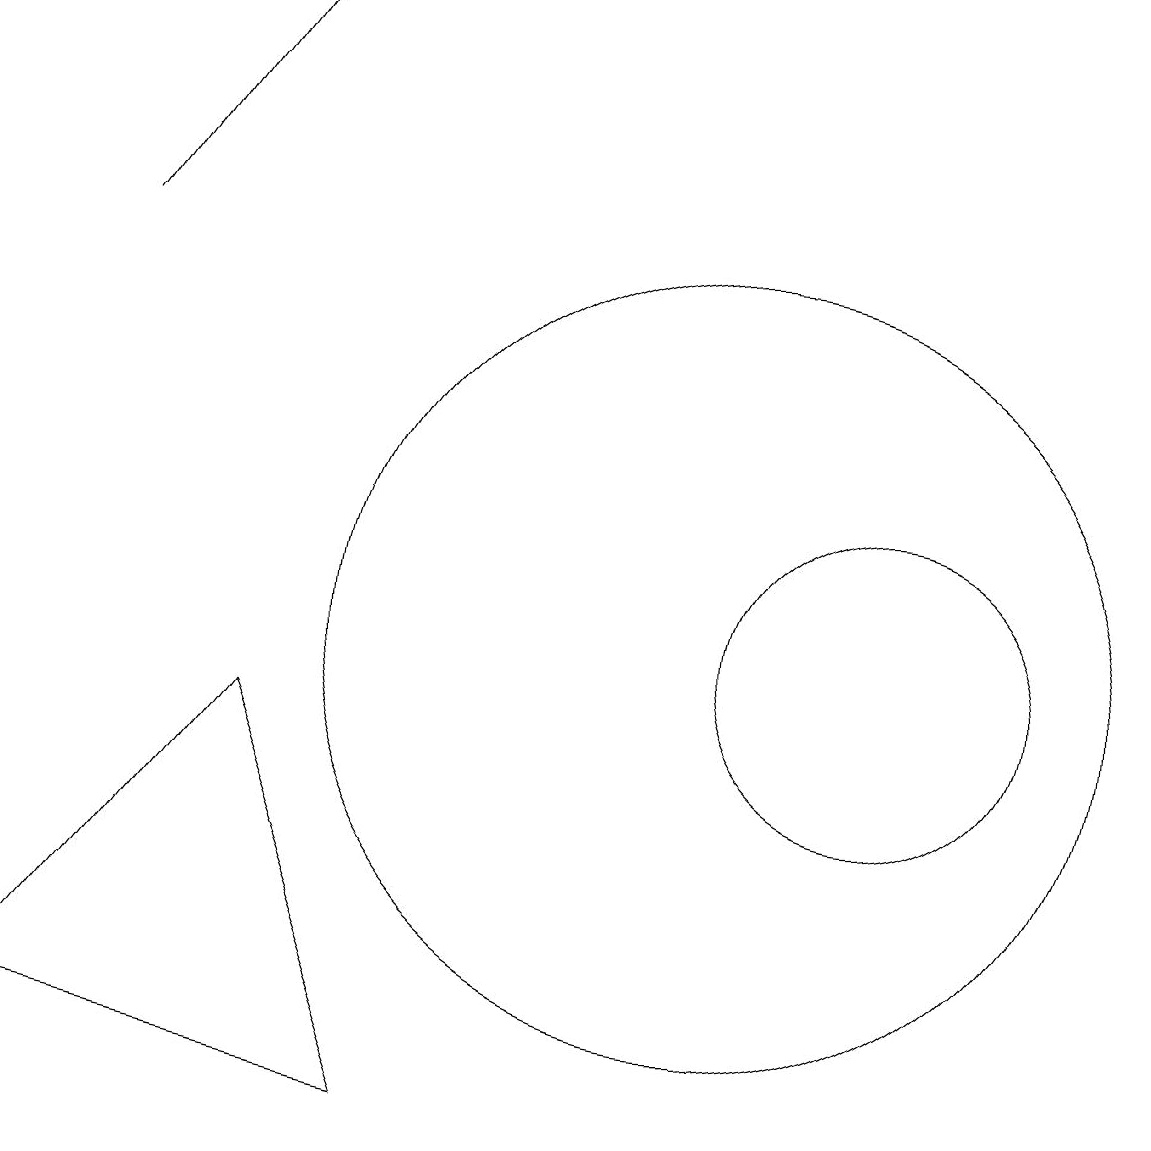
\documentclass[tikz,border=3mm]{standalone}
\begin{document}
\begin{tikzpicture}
\draw (4,9) -- (1,5) -- (6,4) -- cycle;
\draw[->] (2,15) -- (4,18);
\draw (10,10) circle (5);
\draw (12,10) circle (2);
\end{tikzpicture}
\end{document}